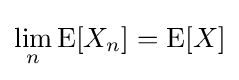
\lim _{n}\operatorname {E} [X_{n}]=\operatorname {E} [X]